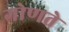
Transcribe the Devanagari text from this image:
गोणते